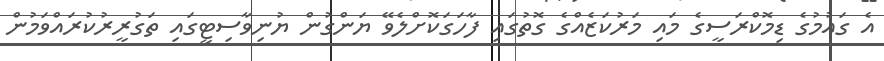
އެ ގައުމުގެ ޑިމޮކްރަސީގެ މައި މަރުކަޒެއްގެ ގޮތުގައި ފާހަގަކޮށްލެވޭ ޔަންގުން ޔުނިވާސިޓީގައި ތަގުރީރުކުރައްވަމުން